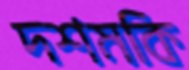
দশমকি